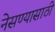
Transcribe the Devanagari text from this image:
नेसण्यासाठी